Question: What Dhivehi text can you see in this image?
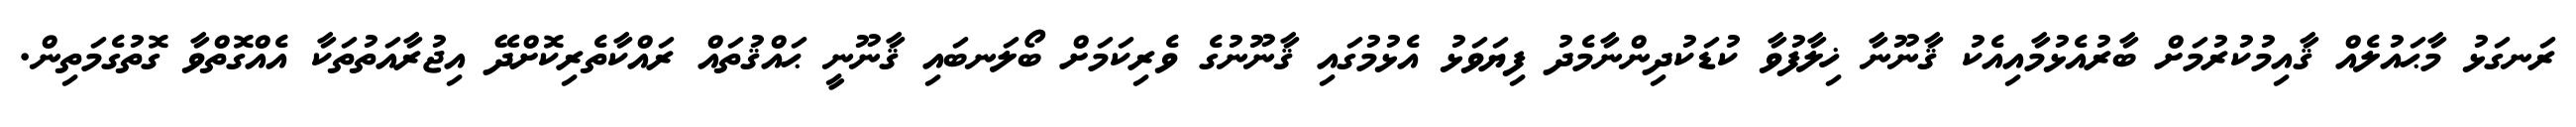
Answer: ރަނގަޅު މާޙައުލެއް ޤާއިމުކުރުމަށް ބާރުއެޅުމާއިއެކު ޤާނޫނާ ޚިލާފުވާ ކުޑަކުދިންނާމެދު ފިޔަވަޅު އެޅުމުގައި ޤާނޫނުގެ ވެރިކަމަށް ބޯލަނބައި ޤާނޫނީ ޙައްޤުތައް ރައްކާތެރިކޮށްދޭ އިޖުރާއަތުތަކާ އެއްގޮތްވާ ގޮތުގެމަތިން.